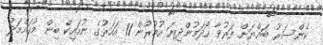
ކެންސަރު ބައްޔަށް ފަރުވާ ހޯދަމުންދިޔަ އުމުރުން 11 އަހަރުގެ ނުހައިކް ބިން މުހައްމަދު